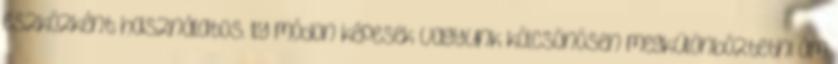
eszközként használatos. Ily módon képesek vagyunk kölcsönösen megkülönböztetni ám